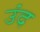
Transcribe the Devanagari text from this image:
उंद